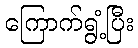
ကြောက်ရွံ့ပြီး